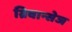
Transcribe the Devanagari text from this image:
ग्रिवान्सेज